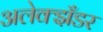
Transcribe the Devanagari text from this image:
अलेक्झँडर